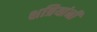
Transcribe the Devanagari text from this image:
क्षत्रियांनीं